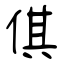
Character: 倛